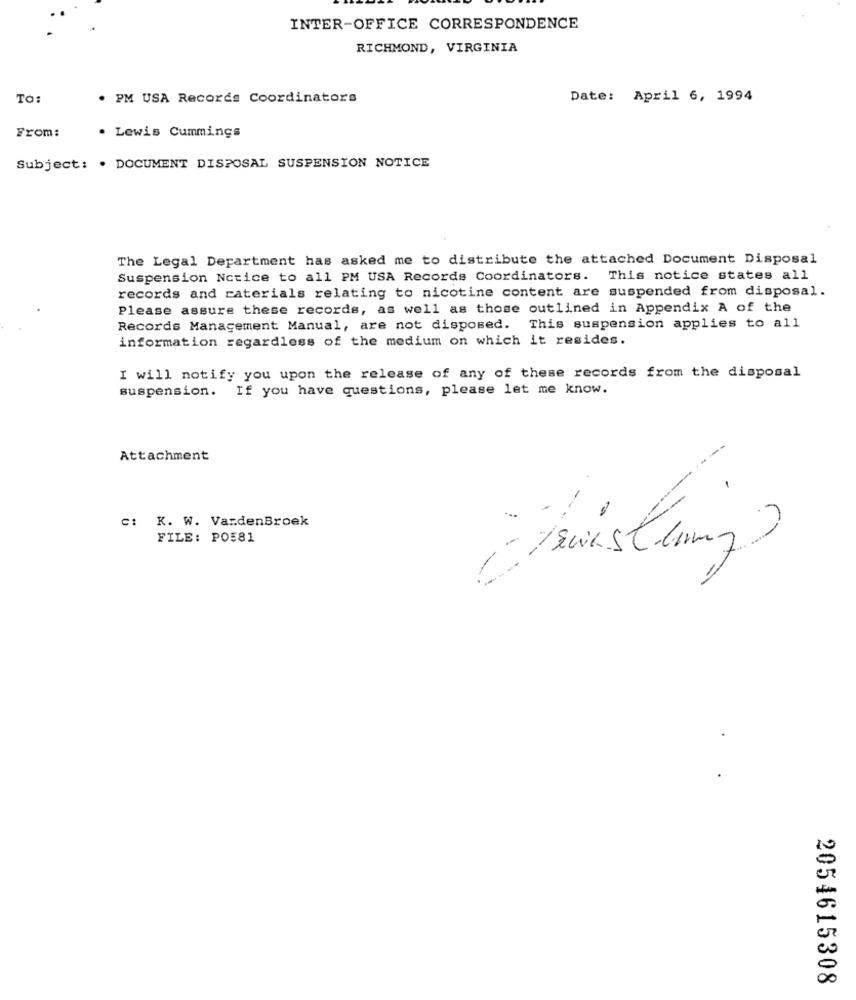
INTER-OFFICE CORRESPONDENCE
RICHMOND, VIRGINIA
To:
. PM USA Records Coordinators
Date: April 6, 1994
From:
. Lewis Cummings
Subject: . DOCUMENT DISPOSAL SUSPENSION NOTICE
The Legal Department has asked me to distribute the attached Document Disposal
Suspension Notice to all PM USA Records Coordinators. This notice states all
records and raterials relating to nicotine content are suspended from disposal.
Please assure these records, as well as those outlined in Appendix A of the
Records Management Manual, are not disposed. This suspension applies to all
information regardless of the medium on which it resides.
I will notify you upon the release of any of these records from the disposal
suspension. If you have questions, please let me know.
Attachment
.
C: K. W. VardenBroek
FILE: PO581
-
2054615308